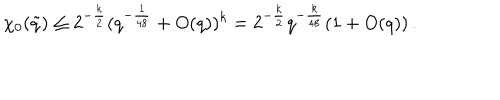
LaTeX: \chi _ { 0 } ( \tilde { q } ) \le 2 ^ { - \frac { k } { 2 } } ( q ^ { - \frac { 1 } { 4 8 } } + O ( q ) ) ^ { k } = 2 ^ { - \frac { k } { 2 } } q ^ { - \frac { k } { 4 8 } } ( 1 + O ( q ) ) \, .